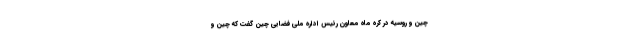
چین و روسیه در کره ماه معاون رئیس اداره ملی فضایی چین گفت که چین و